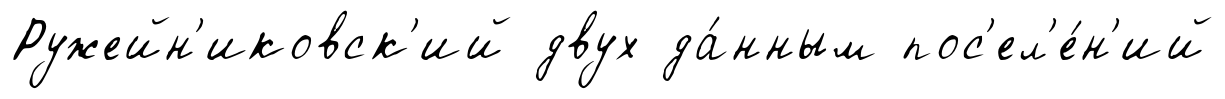
Ружейн'иковск'ий двух да́нным пос'ел'е́н'ий